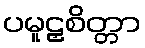
ပမူဠှစိတ္တာ